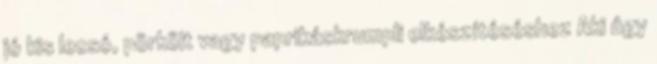
jó kis lecsó, pörkölt vagy paprikáskrumpli elkészítéséshez Aki úgy